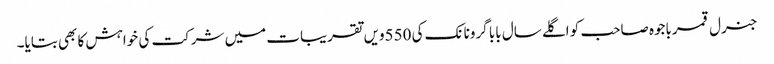
جنرل قمرباجوہ صاحب کو اگلے سال بابا گرونانک کی 550ویں تقریبات میں شرکت کی خواہش کا بھی بتایا۔